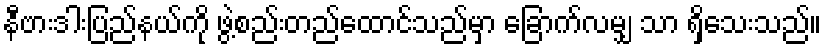
နီဗားဒါးပြည်နယ်ကို ဖွဲ့စည်းတည်ထောင်သည်မှာ ခြောက်လမျှ သာ ရှိသေးသည်။